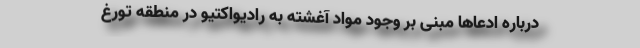
درباره ادعاها مبنی بر وجود مواد آغشته به رادیواکتیو در منطقه تورغ